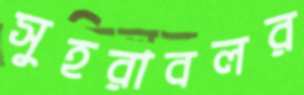
সুহরাবলর